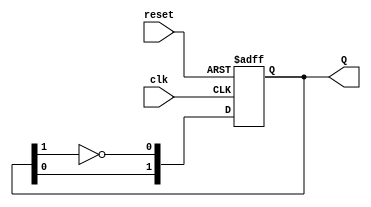
module dual_stage_johnson_counter (
    input wire clk,         // Clock input
    input wire reset,       // Asynchronous reset
    output reg [1:0] Q      // 2-bit output representing the current state
);

// State transition logic
always @(posedge clk or posedge reset) begin
    if (reset) begin
        // Asynchronous reset to state 00
        Q <= 2'b00;
    end else begin
        // Feedback mechanism for Johnson counter
        Q[0] <= ~Q[1];  // D0 = NOT Q1
        Q[1] <= Q[0];   // D1 = Q0
    end
end

endmodule